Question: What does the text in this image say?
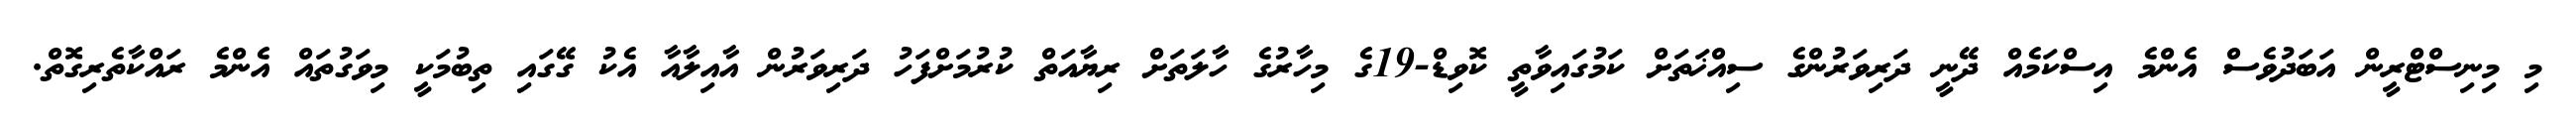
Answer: މި މިނިސްޓްރީން އަބަދުވެސް އެންމެ އިސްކަމެއް ދޭނީ ދަރިވަރުންގެ ސިއްޚަތަށް ކަމުގައިވާތީ ކޮވިޑް-19ގެ މިހާރުގެ ހާލަތަށް ރިޔާއަތް ކުރުމަށްފަހު ދަރިވަރުން އާއިލާއާ އެކު ގޭގައި ތިބުމަކީ މިވަގުތައް އެންމެ ރައްކާތެރިގޮތް.